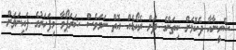
ސެރީނާއާ ދެކޮޅަށް ކިތަންމެ ދަށް ރެކޯޑެއް އޮތް ނަމަވެސް ޝަރަޕޯވާ މިފަހަރުގެ ފައިނަލަށް